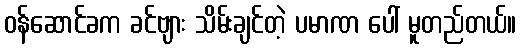
ဝန်ဆောင်ခက ခင်ဗျား သိမ်းချင်တဲ့ ပမာဏ ပေါ် မူတည်တယ်။